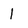
Character: 1